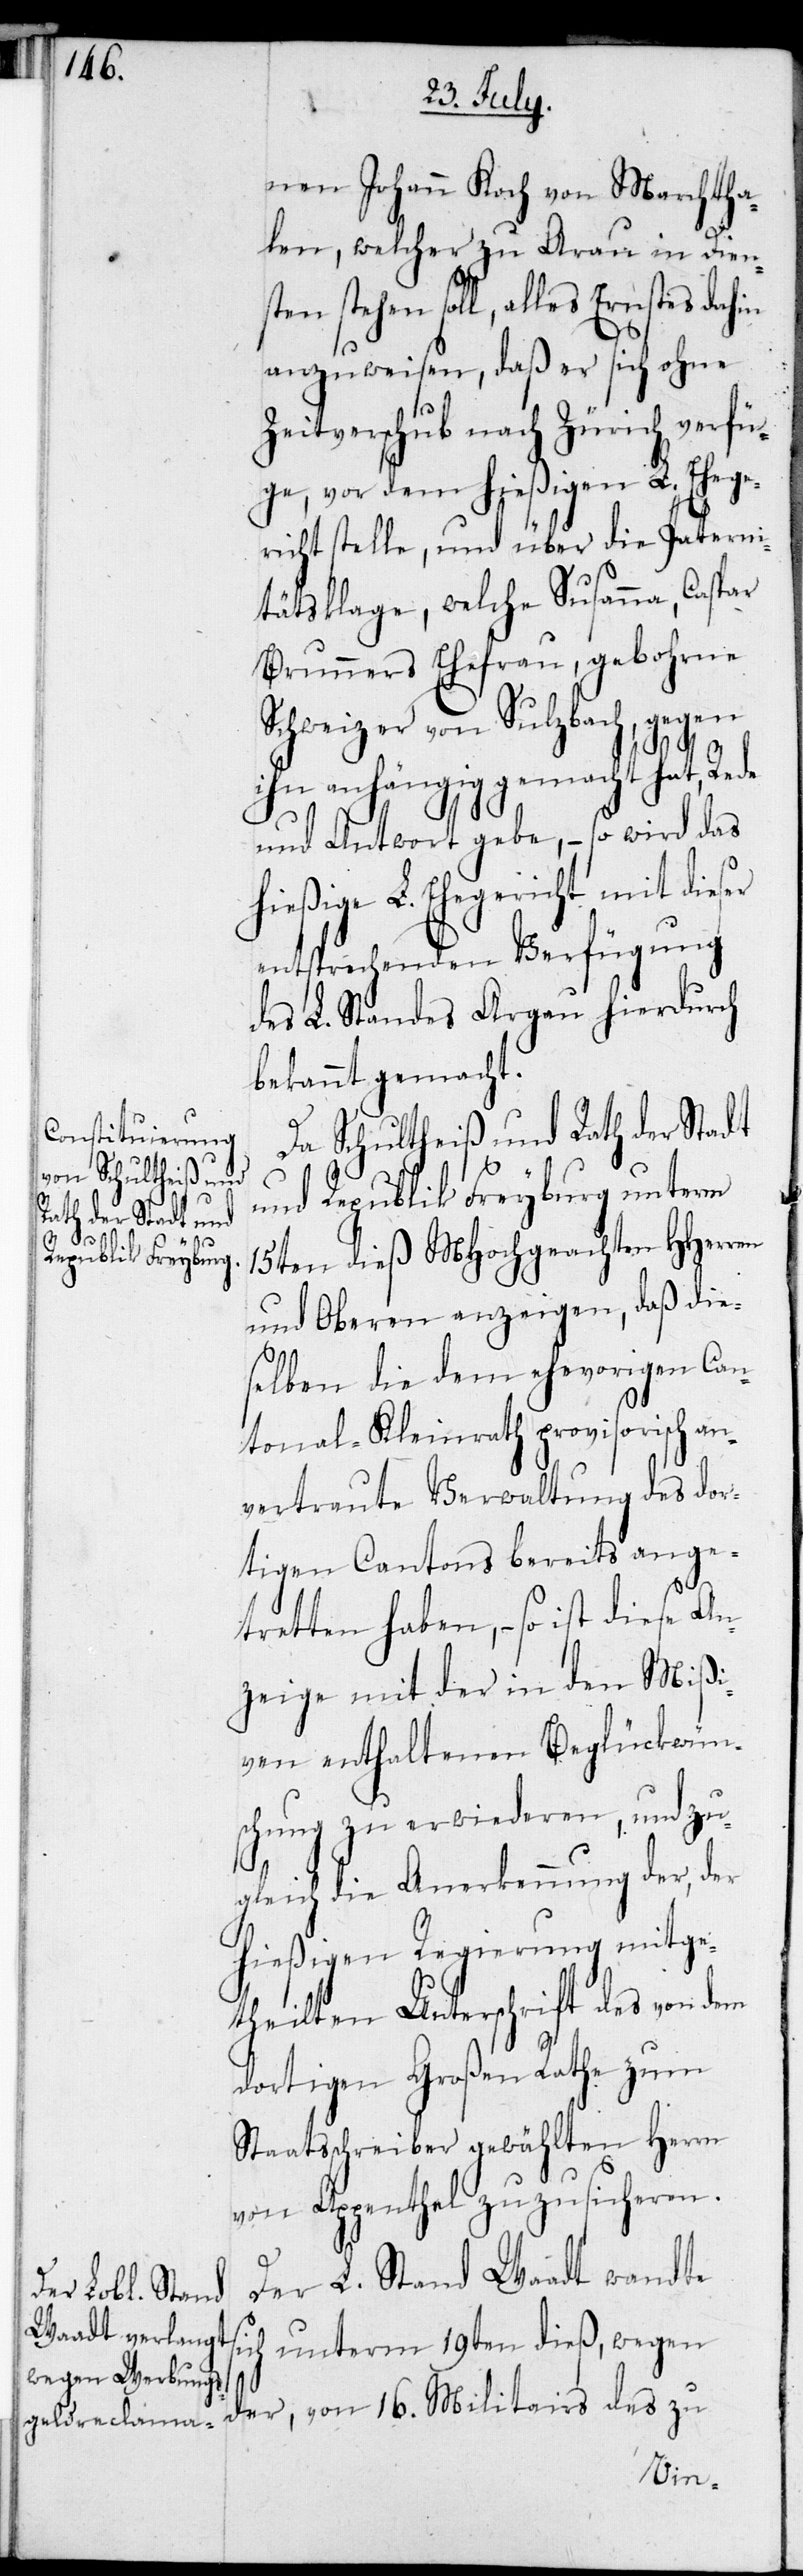
in

nen Johann Koch von Martha¬
len, welcher zu Arau in Dien¬
en soll, alles Ernstes dah¬
anzuweisen, daß er sich ohne
Zeitverschub nach Zürich verfü¬
ge, vor dem hießigen L. Ehege¬
richt stelle, und über die Patern¬
itätsklage, welche Susanna, Caspar
Brunners Ehefrau, gebohrne
Schweizer von Sulzbach, gegen
ihn anhängig gemacht hat, Rede
und Antwort gebe, – so wird das
hießige L. Ehegericht mit dieser
entsprechenden Verfügung
des L. Standes Argau hierdurch
bekannt gemacht.
Da Schultheiß und Rath der Stadt
und Republik Freyburg unterm
15ten dieß MHochgeachten HHerrn
und Oberen anzeigen, daß die¬
selben die dem ehevorigen Can¬
tonal-Kleinrath provisorisch an¬
vertraute Verwaltung des dor¬
tigen Cantons bereits ange¬
tretten habe, – so ist diese An¬
zeige mit der in den Mißi¬
ven enthaltenen Beglückwün¬
schung zu erwiederen, und zu¬
gleich die Anerkennung der, der
hießigen Regierung mitge¬
theilten Unterschrift des von dem
dortigen Großen Rathe zum
Staatsschreiber gewählten Herrn
von Appenthal zuzusicheren.
Der L. Stand Waadt wandte
sich unterm 19ten dieß, wegen
der, von 16. Militairs des zu